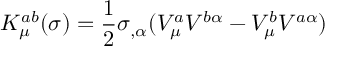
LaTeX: K _ { \mu } ^ { a b } ( \sigma ) = \frac { 1 } { 2 } \sigma _ { , \alpha } ( V _ { \mu } ^ { a } V ^ { b \alpha } - V _ { \mu } ^ { b } V ^ { a \alpha } )